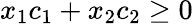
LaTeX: x_{1}c_{1}+x_{2}c_{2}\geq 0